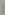
)